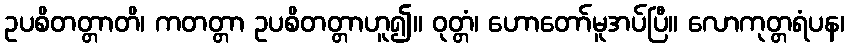
ဥပစိတတ္တာတိ၊ ကတတ္တာ ဥပစိတတ္တာဟူ၍။ ဝုတ္တံ၊ ဟောတော်မူအပ်ပြီ။ လောကုတ္တရံပန၊